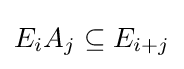
E_{i}A_{j}\subseteq E_{i+j}